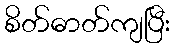
စိတ်ဓာတ်ကျပြီး